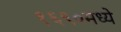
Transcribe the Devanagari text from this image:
१६९०मध्ये